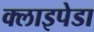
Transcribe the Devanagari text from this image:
क्लाइपेडा